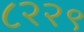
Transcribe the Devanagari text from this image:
८२२९